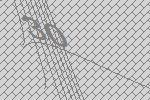
30